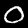
Digit: 0